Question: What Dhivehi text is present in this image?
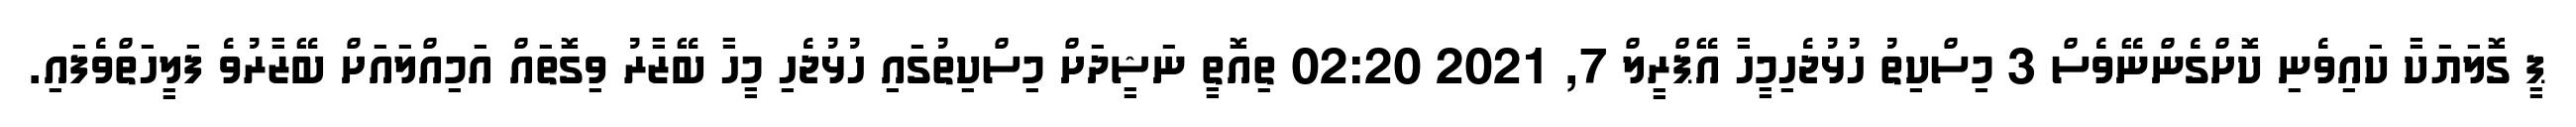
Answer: ޕީ ގޮލަޔަކާ ކައިވެނި ކޮށްގެންނޭވެސް 3 މިސްކިތު ހުޅުޖެހިމީހާ އޭޕްރީލް 7, 2021 02:20 ތިއޮތީ ނަޝީދަށް މިސްކިތުގައި ހުޅުޖެހި މީހާ ބޭޒާރު ވިގޮތައް އަމިއްލައަށް ބޭޒާރުވެ ފަލީހަތްވެފައި.